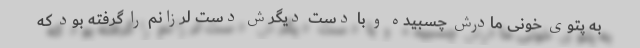
به پتوی خونی مادرش چسبیده و با دست دیگرش دست لرزانم را گرفته بود که